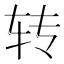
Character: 转